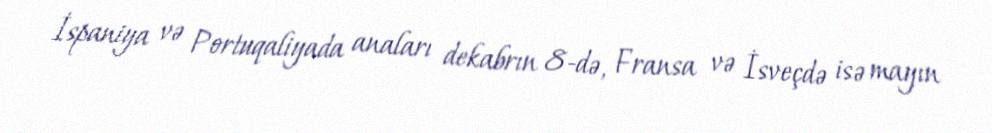
İspaniya və Portuqaliyada anaları dekabrın 8-də, Fransa və İsveçdə isə mayın